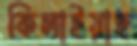
কিলাইয়াছ